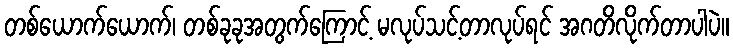
တစ်ယောက်ယောက်၊ တစ်ခုခုအတွက်ကြောင့် မလုပ်သင့်တာလုပ်ရင် အဂတိလိုက်တာပါပဲ။